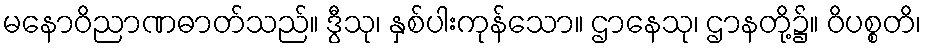
မနောဝိညာဏဓာတ်သည်။ ဒွီသု၊ နှစ်ပါးကုန်သော။ ဌာနေသု၊ ဌာနတို့၌။ ဝိပစ္စတိ၊